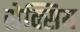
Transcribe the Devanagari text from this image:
सेक्सिय